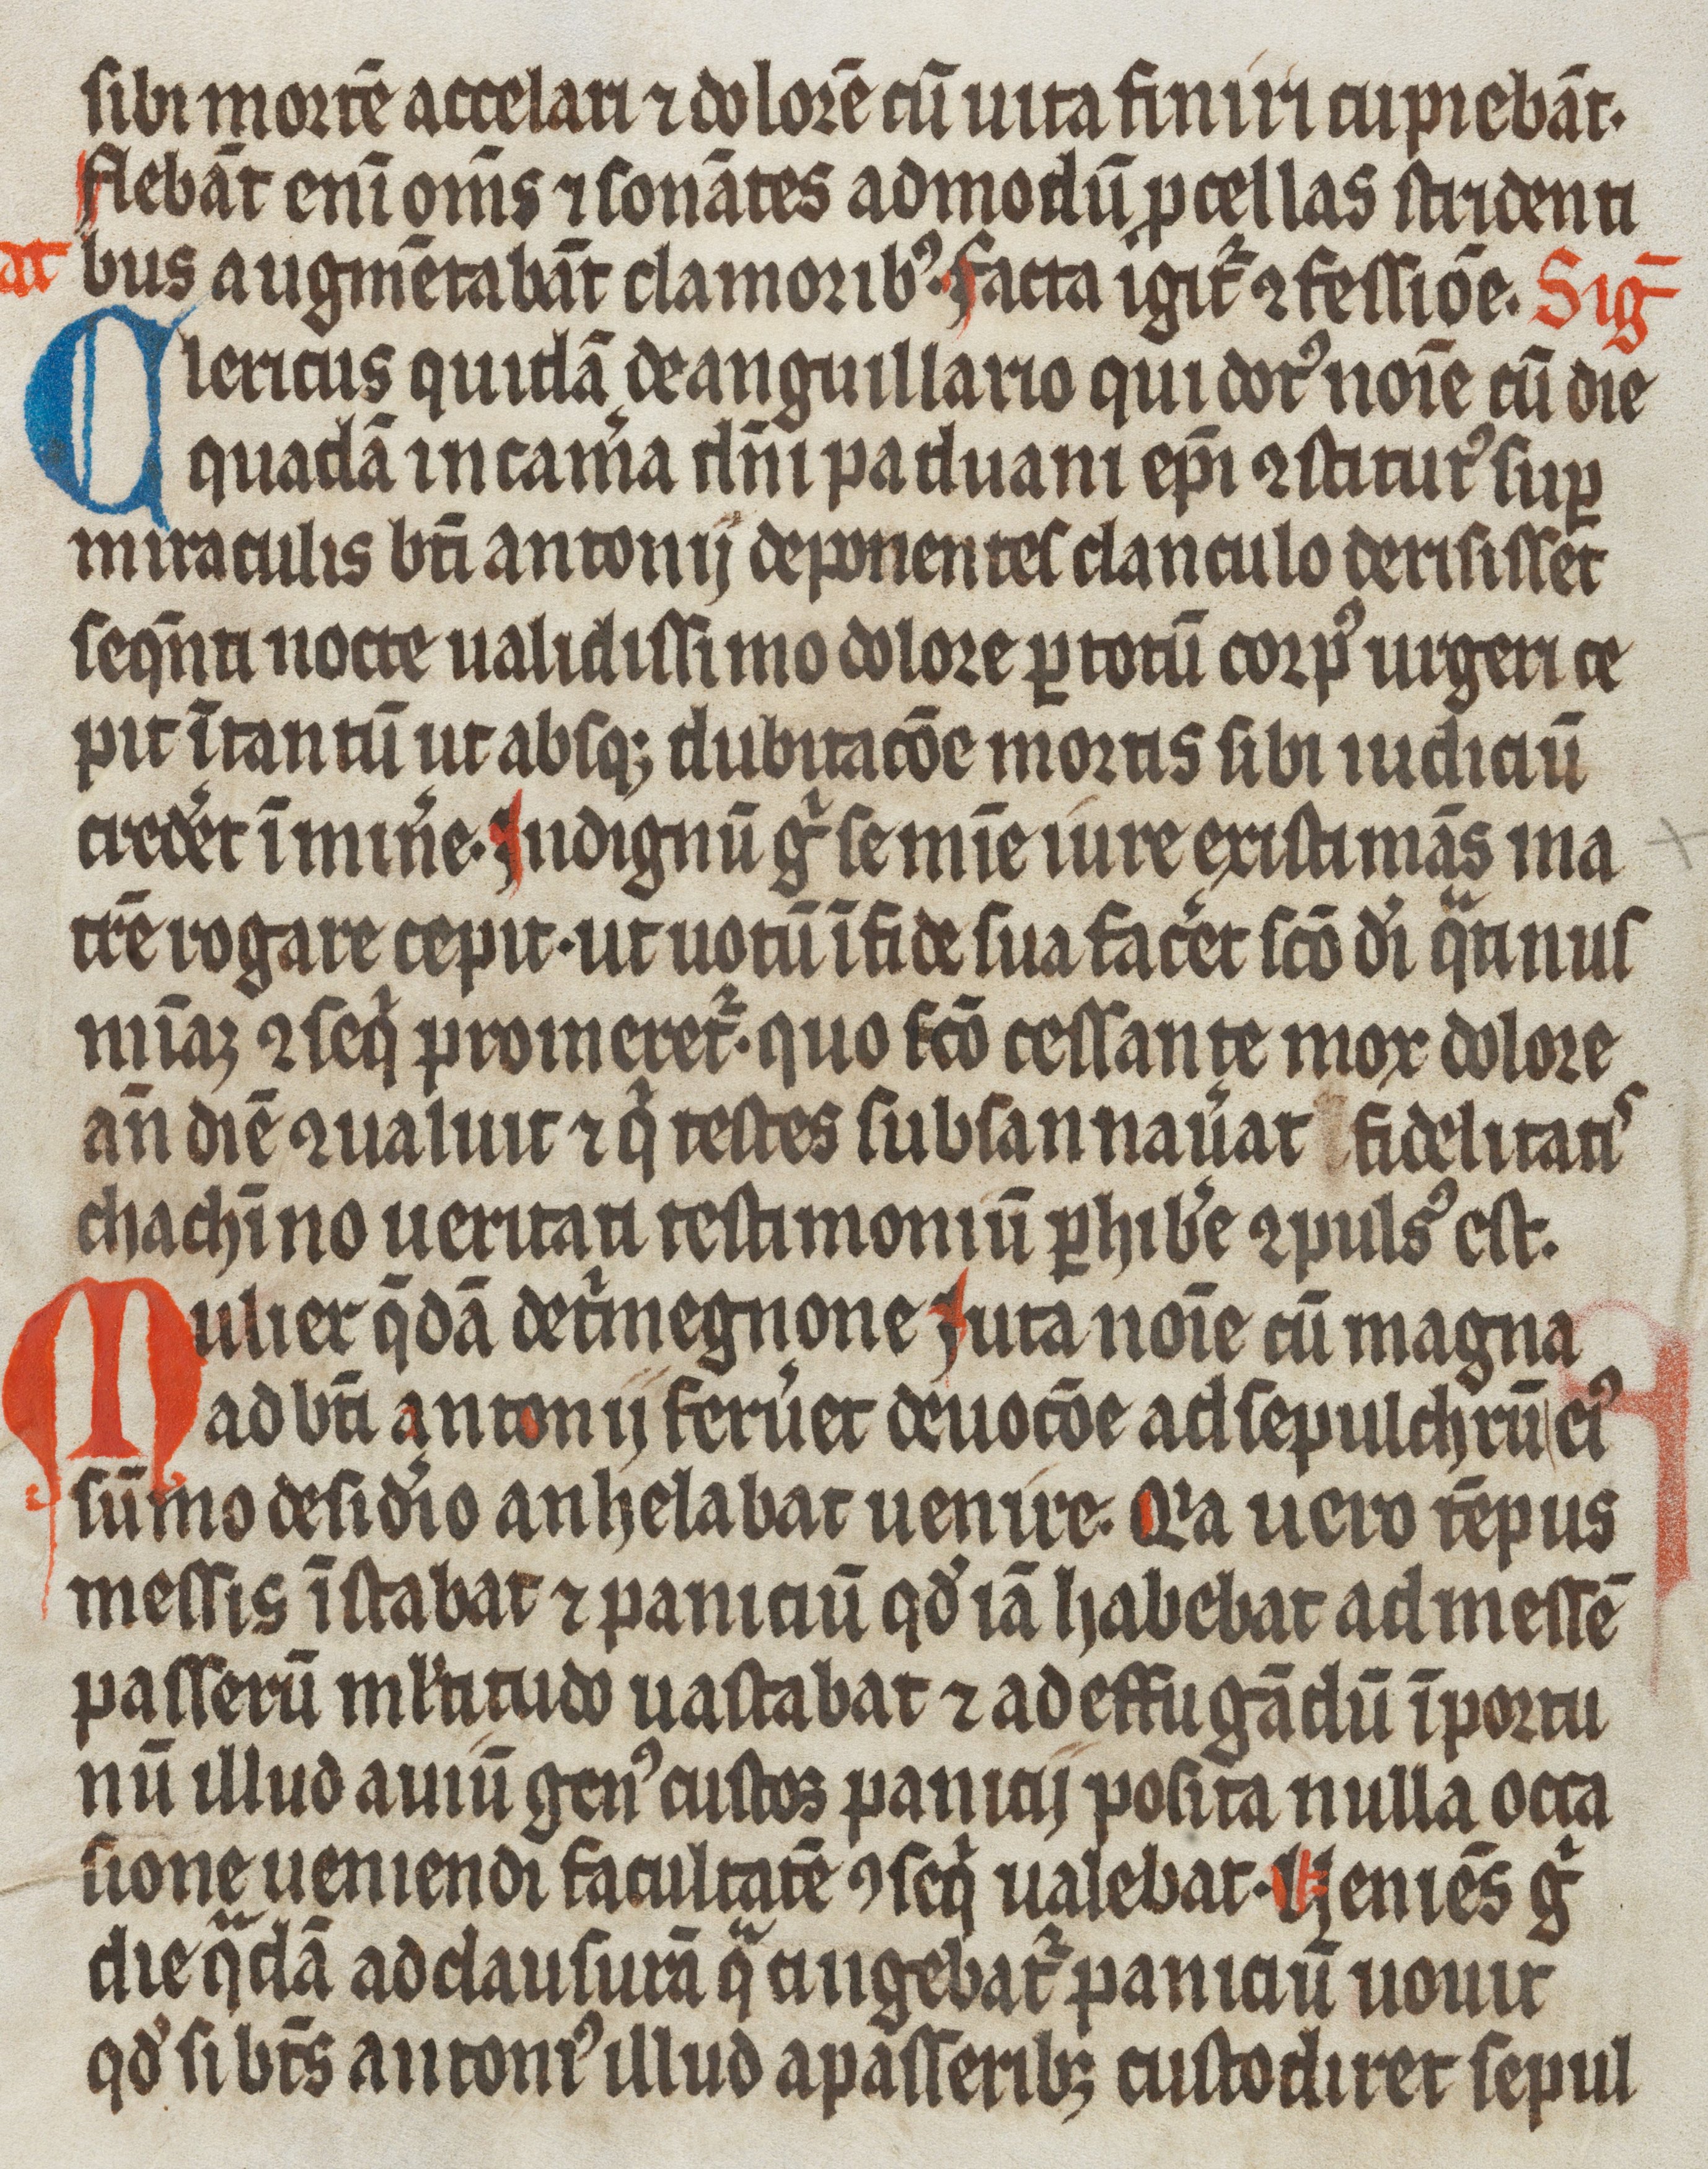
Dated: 1337–1337